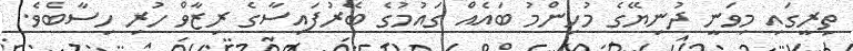
ތިރީގައި މިވަނީ ދުނިޔޭގެ މުހިންމު ބައެއް ގައުމުގެ ބޭރުފައިސާގެ ރިޒާވް ހުރި ހިސާބެވެ.